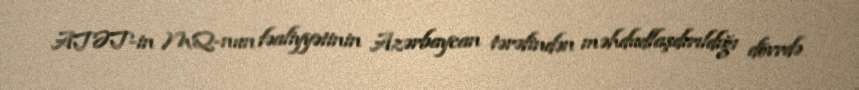
ATƏT-in MQ-nun fəaliyyətinin Azərbaycan tərəfindən məhdudlaşdırıldığı dövrdə